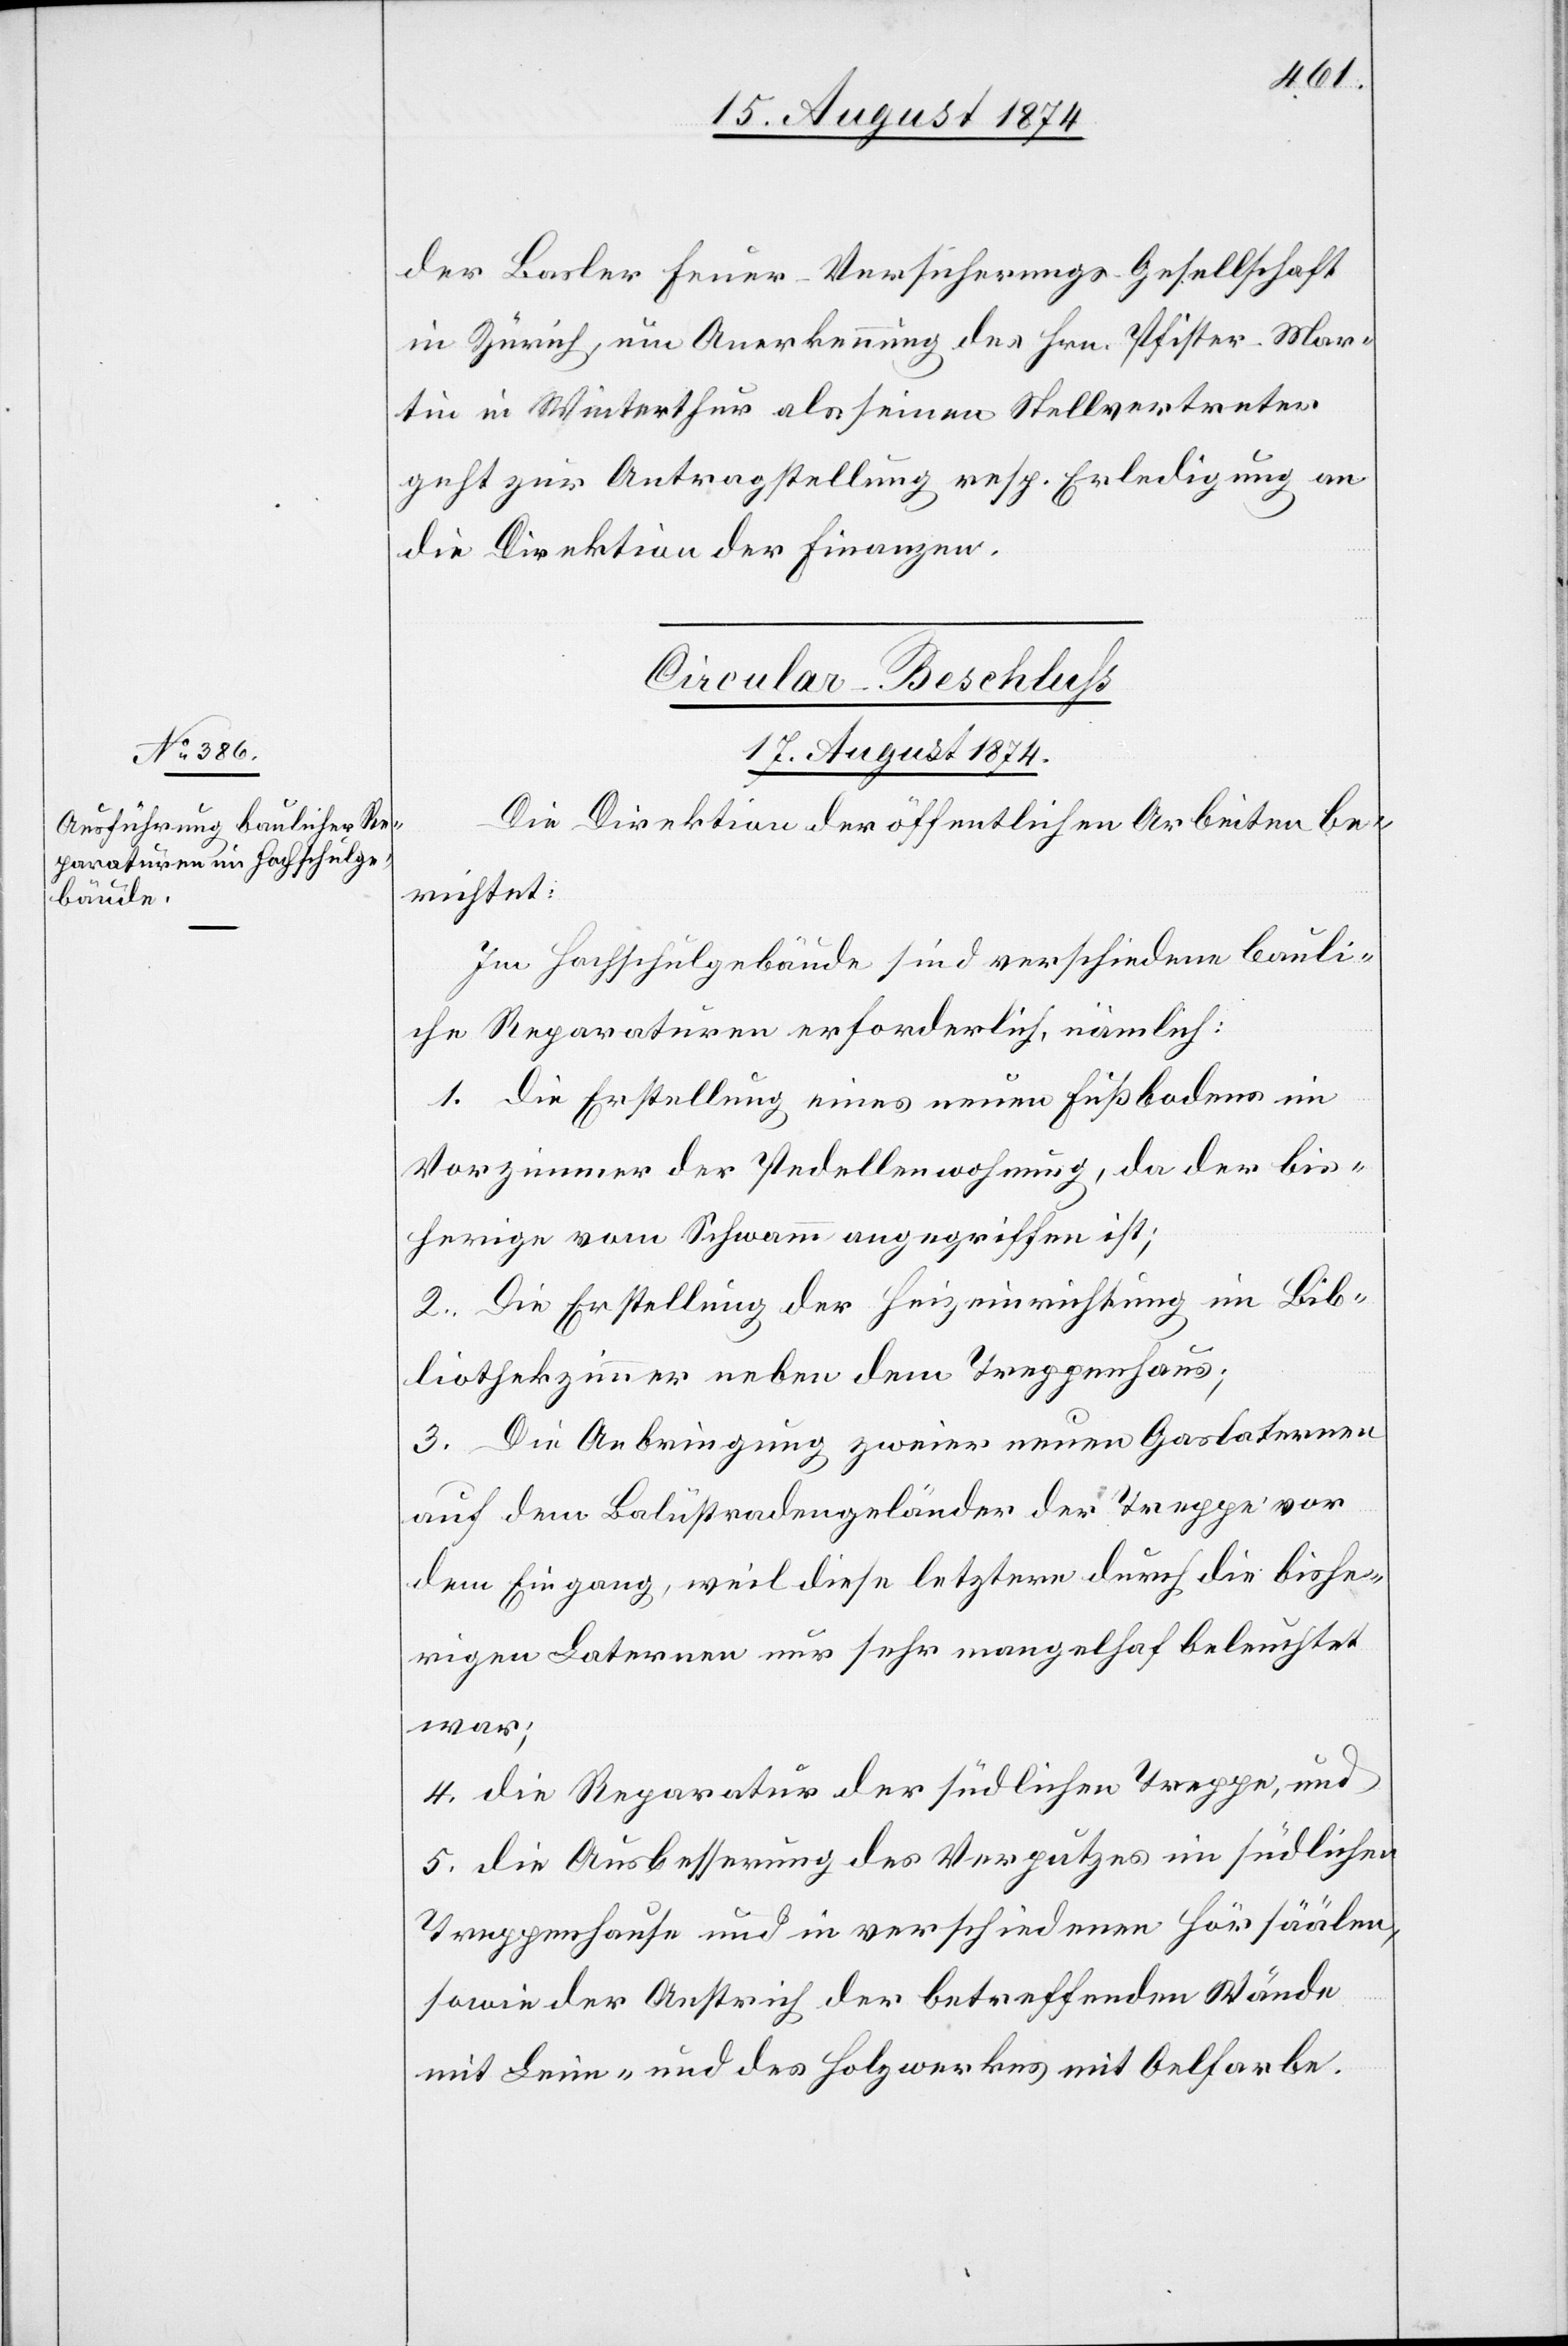
der Basler Feuer-Versicherungs-Gesellschaft
in Zürich, um Anerkennung des Hrn. Pfister-Mar¬
tin in Winterthur als seinen Stellvertreter
geht zur Antragstellung resp. Erledigung an
die Direktion der Finanzen.
Circular-Beschluß
17. August 1874.
Die Direktion der öffentlichen Arbeiten be¬
richtet:
Im Hochschulgebäude sind verschiedene bauli¬
che Reparaturen erforderlich, nämlich:
1. Die Erstellung eines neuen Fußbodens im
Vorzimmer der Pedellenwohnung, da der bis¬
herige vom Schwamm angegriffen ist;
2. Die Erstellung der Heizeinrichtung im Bib¬
liothekzimmer neben dem Treppenhaus;
3. Die Anbringung zweier neuen Gaslaternen
auf dem Balustradengeländer der Treppe vor
dem Eingang, weil diese letztere durch die bishe¬
rigen Laternen nur sehr mangelhaf[t] beleuchtet
war;
4. die Reparatur der südlichen Treppe, und
5. die Ausbesserung des Verputzes im südlichen
Treppenhause und in verschiedenen Hörsäälen,
sowie der Anstrich der betreffenden Wände
mit Leim- und des Holzwerkes mit Oelfarbe.